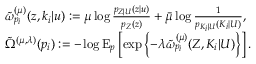
\begin{array} { r l } & { \tilde { \omega } _ { p _ { i } } ^ { ( \mu ) } ( { z } , k _ { i } | u ) : = { \mu } \log \frac { p _ { { Z } | U } ( { z } | u ) } { p _ { Z } ( z ) } + \bar { \mu } \log \frac { 1 } { p _ { K _ { i } | U } ( K _ { i } | U ) } , } \\ & { \tilde { \Omega } ^ { ( \mu , \lambda ) } ( p _ { i } ) : = - \log \mathrm { E } _ { p } \left[ \exp \left\{ - \lambda \tilde { \omega } _ { p _ { i } } ^ { ( \mu ) } ( { Z } , K _ { i } | U ) \right\} \right] . } \end{array}